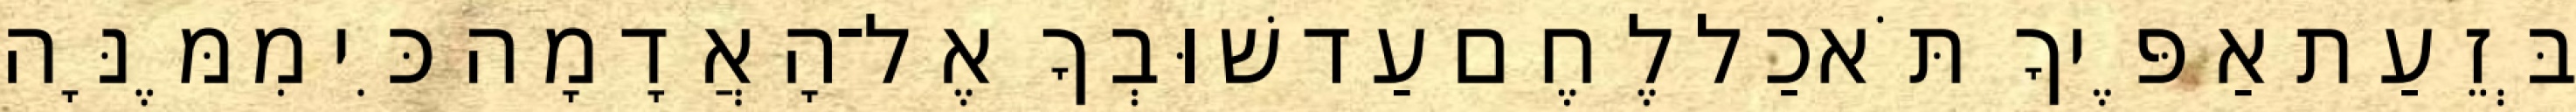
בְּזֵעַת אַפֶּיךָ תֹּאכַל לֶחֶם עַד שׁוּבְךָ אֶל־הָאֲדָמָה כִּי מִמֶּנָּה